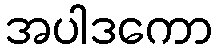
အပါဒကော